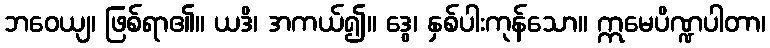
ဘဝေယျ၊ ဖြစ်ရာ၏။ ယဒိ၊ အကယ်၍။ ဒွေ၊ နှစ်ပါးကုန်သော။ ဣမေပိဏ္ဍပါတာ၊